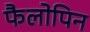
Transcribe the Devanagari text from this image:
फैलोपिन